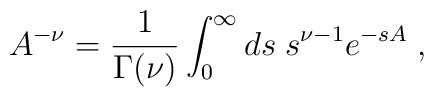
A^{-\nu}=\frac{1}{\Gamma (\nu) }\int_{0}^{\infty}ds\; s^{\nu-1} e^{-sA}\;,